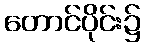
တောင်ပိုင်း၌